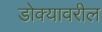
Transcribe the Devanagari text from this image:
डोक्‍यावरील